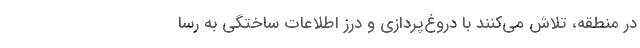
در منطقه، تلاش می‌کنند با دروغ‌پردازی و درز اطلاعات ساختگی به رسا